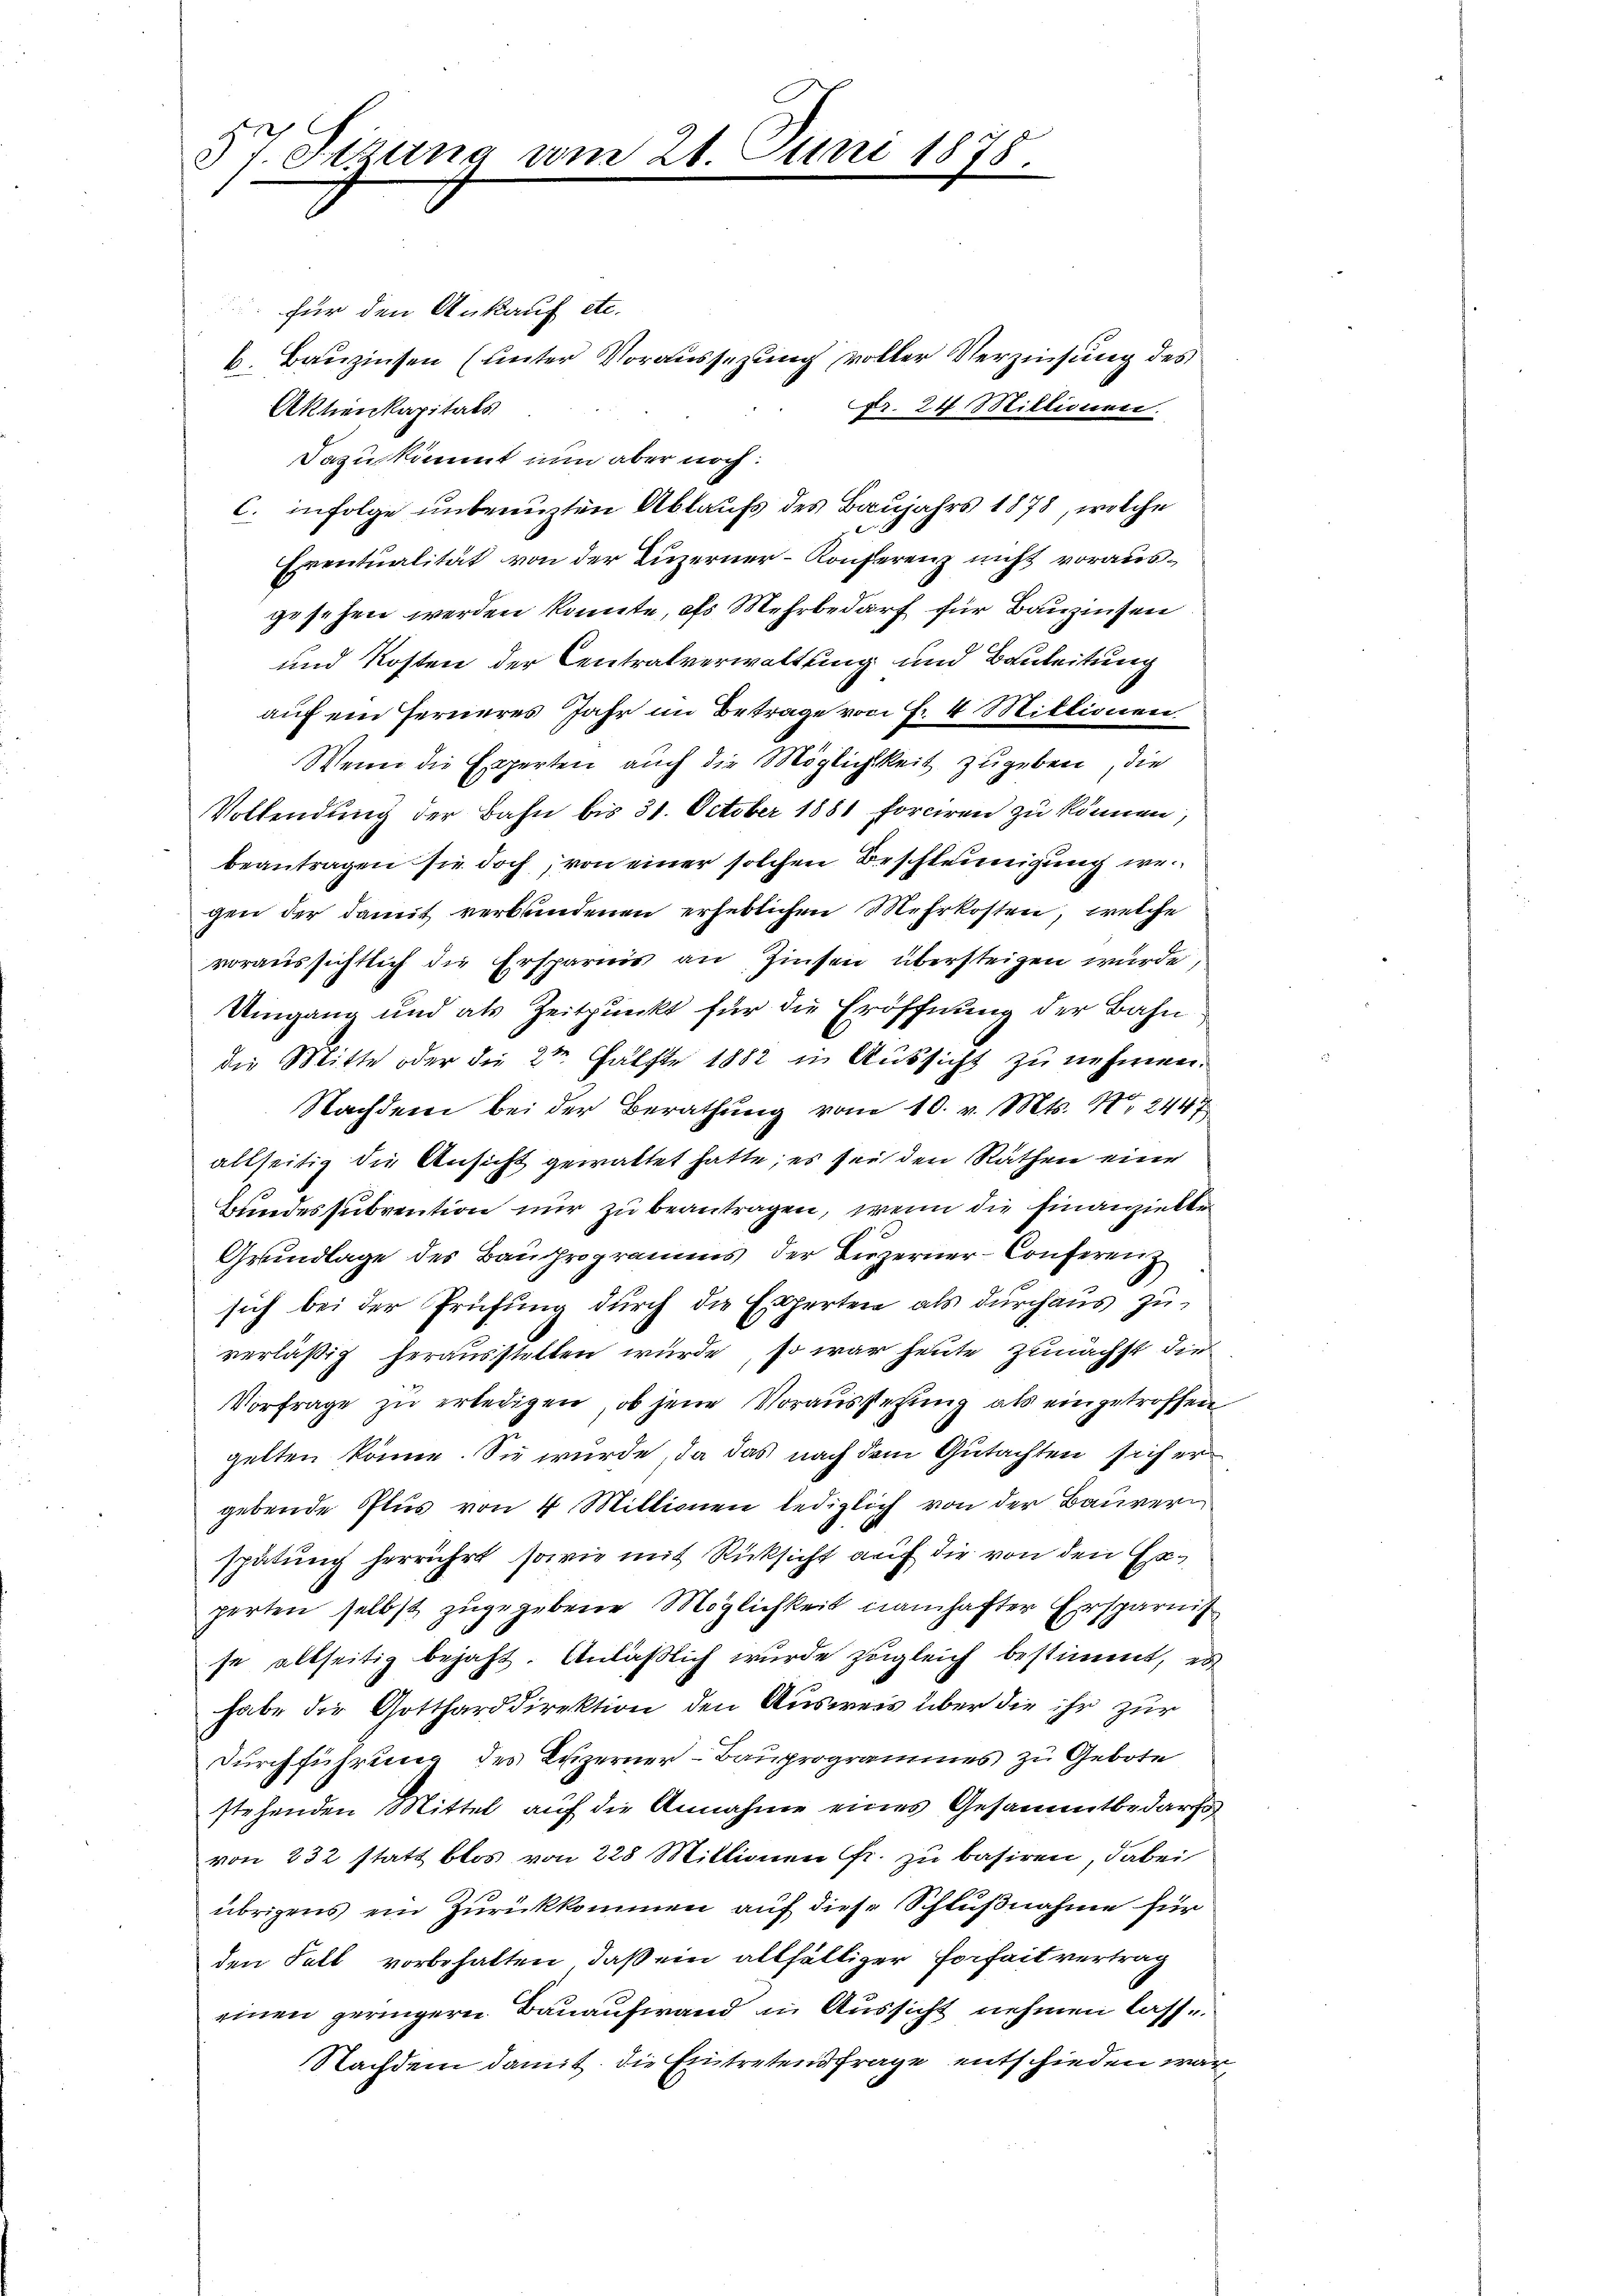
57. Sizung vom 21. Juni 1878.
e

für den Ankauf etc.
b. Bauzinsen (unter Voraussetzung voller Verzinsung des
fr. 24 Stillionen.
Aktienkapitals
Dazuskommt nun aber noch:
C. infolge unbenuzten Ablaufs des Baujahrs 1878, welche
f
Eventualität von der Luzerner-Konferenz nicht vorausgesehen werden könnte, ofs Mehrbedarf für Bauzinsen
und Kosten der Centralverwaltung und Bauleitung
auf ein Ferneres Jahr im Betrage von Fr. 4 Mittionen
Wenn die Experten auch die Möglichkeit zugeben, die
Vollendung der Bahn bis 31. October 1881 forciren zu können,
beantragen sie doch, von einer solchen Beschleunigung wegen der damit verbindenen erheblichen Mehrkosten, welche
voraussichtlich die Ersparnis an Zinsen übersteigen wurde,
Umgang und als Zeitpunkt für die Eröffnung der Bahn
die Mitte oder die 2te Hälfte 1882 in Aussicht zu nehmen.
Nachdem bei der Berathung vom 10. v. Mts. No 2447
allseitig die Ansicht gewaltet hatte; es sei den Räthen eine
Bundessubvention nur zu beantragen, wenn die Finanzielle¬
Grundlage des Bauprogramms der Luzerner-Conferenz
sich bei der Prüfung durch die Experten als durchaus zuverläßig herausstellen würde, so war heute zunächst die
Vorfrage zu erledigen, ob jene Vorausstehung als eingetroffen
gelten könne. Sie würde, da das nach dem Gutachten sich er
gebende Plus von 4 Millionen lediglich von der Bauvern
spätung herrührt, sowie mit Rücksicht auf die von den Erperten selbst zugegebene Möglichkeit namhafter Ersparnis
se allseitig bejaht. Anläßlich wurde zugleich bestimmt, es
habe die Gottharddirektion den Ausweis über die ihr zur
Durchführung des Luzerner-Bauprogrammes zu Gebote
stehenden Mittel auf die Annahme eines Gesammtbedarfs
von 232 statt blos von 228 Millionen Fr. zu basiren, dabei
übrigens ein Zurückkommen auf diese Schlußnahme für
den Fall vorbehalten, daß ein allfälliger Forseit vertrag
einen geringern Bauaufwand in Aussicht nehmen lasse
Nachdem damit die Eintretendfrage entschieden war